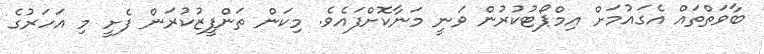
ބާވަތްތައް އެގައުމަށް އިމްޕޯޓުކުރުން ވަނީ މަނާކޮށްފައެވެ. މިކަން ތަންފީޒުކުރަން ފެށީ މި އަހަރުގެ